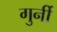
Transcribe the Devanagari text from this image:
गुर्नी